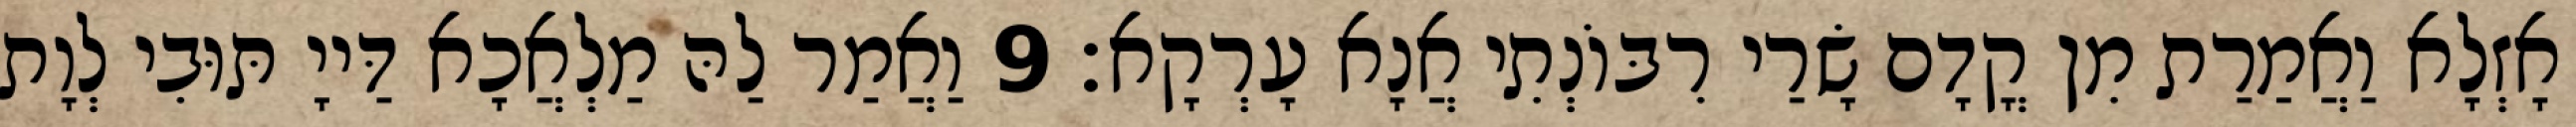
אָזְלָא וַאֲמַרַת מִן קֳדָם שָׂרַי רִבּוֹנְתִי אֲנָא עָרְקָא׃ 9 וַאֲמַר לַהּ מַלְאֲכָא דַּייָ תּוּבִי לְוָת